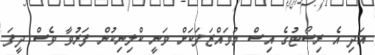
އަދި އެ ރިސޯޓުގެ އިސް މުވައްޒަފަކަށް ވަނީ ކްލިނިކުން ފަރުވާ ވެސް ދީފަ